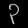
Digit: ၃